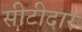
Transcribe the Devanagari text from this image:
सीटीदार